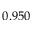
0 . 9 5 0